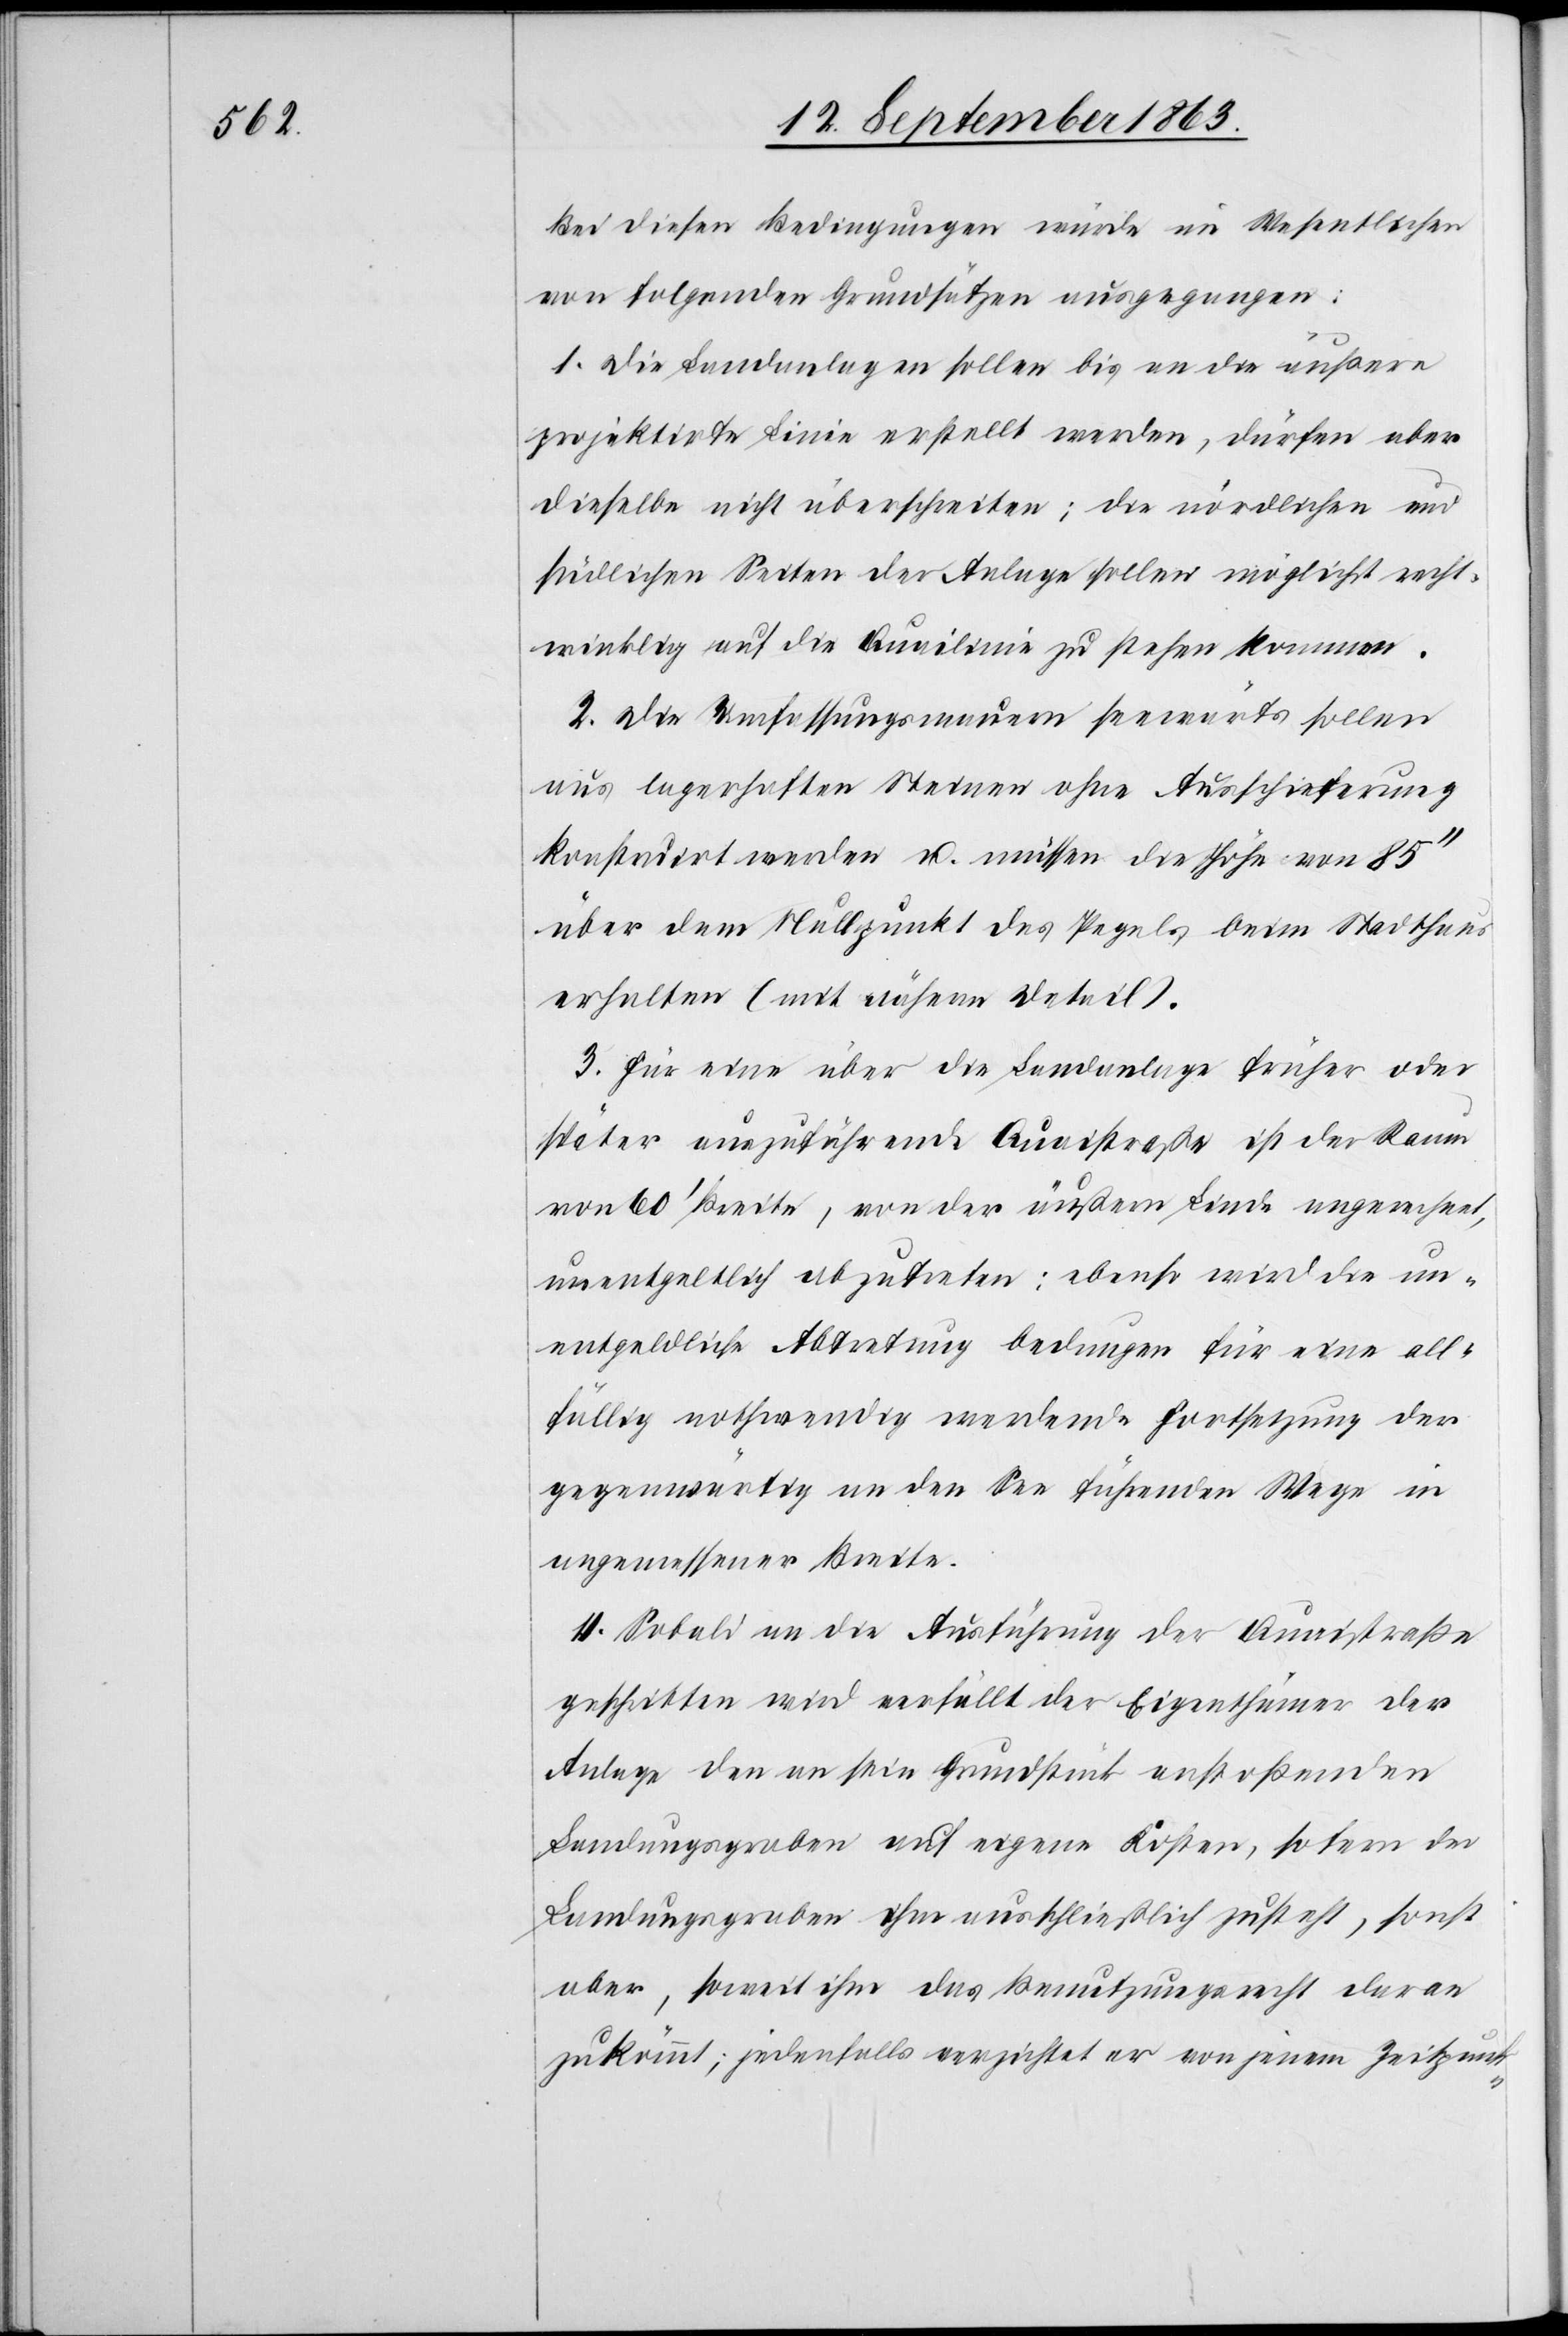
Bei diesen Bedingungen würde im Wesentlichen
von folgenden Grundsätzen ausgegangen:
1. Die Landanlagen sollen bis an die äußere
projektirte Linie erstellt werden, dürfen aber
dieselbe nicht überschreiten; die nördlichen und
südlichen Seiten der Anlage sollen möglichst recht¬
winklig auf die Quailinie zu stehen kommen.
2. Die Umfassungsmauern seewärts sollen
aus lagerhaften Steinen ohne Ausschieferung
konstruirt werden u. müssen die Höhe von 85''
über dem Nullpunkt des Pegels beim Stadthaus
erhalten (mit näherm Detail).
3. Für eine über die Landanlage früher oder
später auszuführende Quaistraße ist der Raum
von 60' Breite, von der äußern Linde angerechnet,
unentgeltlich abzutreten; ebenso wird die un¬
entgeldliche Abtretung bedungen für eine all¬
fällig nothwendig werdende Fortsetzung der
gegenwärtig an den See führenden Wege in
angemessener Breite.
4. Sobald an die Ausführung der Quaistraße
geschritten wird verfüllt der Eigenthümer der
Anlage den an sein Grundstücke anstoßenden
Landungsgraben auf eigene Kosten, sofern der
Landungsgraben ihm ausschließlich zusteht, sonst
aber, soweit ihm das Benutzungsrecht daran
zukömmt; jedenfalls verzichtet er von jenem Zeitpunk-